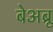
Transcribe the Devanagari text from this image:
बेअब्रू